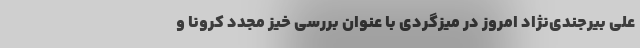
علی بیرجندی‌نژاد امروز در میزگردی با عنوان بررسی خیز مجدد کرونا و